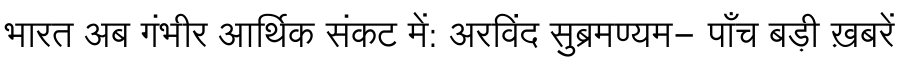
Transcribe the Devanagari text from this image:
भारत अब गंभीर आर्थिक संकट में: अरविंद सुब्रमण्यम- पाँच बड़ी ख़बरें